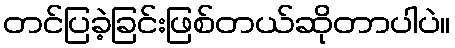
တင်ပြခဲ့ခြင်းဖြစ်တယ်ဆိုတာပါပဲ။